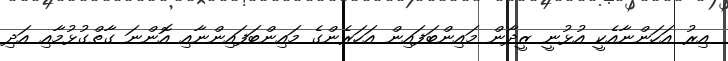
އިރު އަހަންނާއެކީ އުޅުނީ ޒީދާން މައިންބަފައިން އަހަރެންގެ މައިންބަފައިންނާއި އޮންނަ ގާތްގުޅުމާއި އަދި